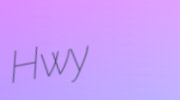
Hwy